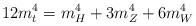
LaTeX: \begin{align*}12 m_{t}^{4} = m_{H}^{4} + 3 m_{Z}^{4} + 6 m_{W}^{4}\end{align*}